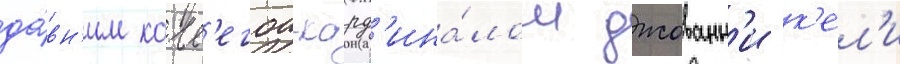
да́вн'им колл'егои-кард'ина́лом джованн'и к'ел'и